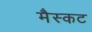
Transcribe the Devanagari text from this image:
मैस्कट